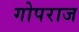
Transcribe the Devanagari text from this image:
गोपराज